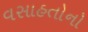
વસાહતોનો